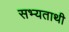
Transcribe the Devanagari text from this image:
सभ्यताथी